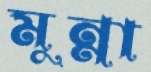
মুন্না